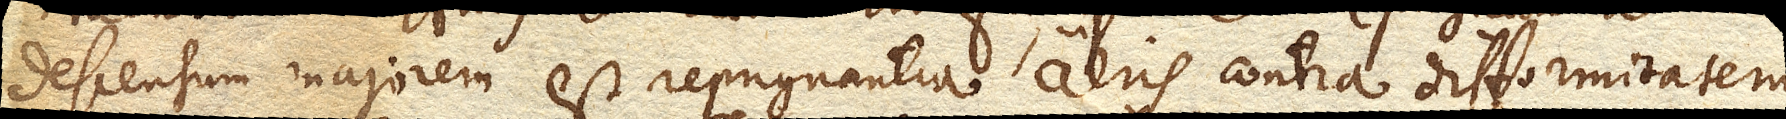
descensum majorem est repugnantia aeris contra difformitatem